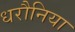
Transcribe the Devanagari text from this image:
धरौनिया